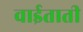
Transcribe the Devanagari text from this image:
वाईताती